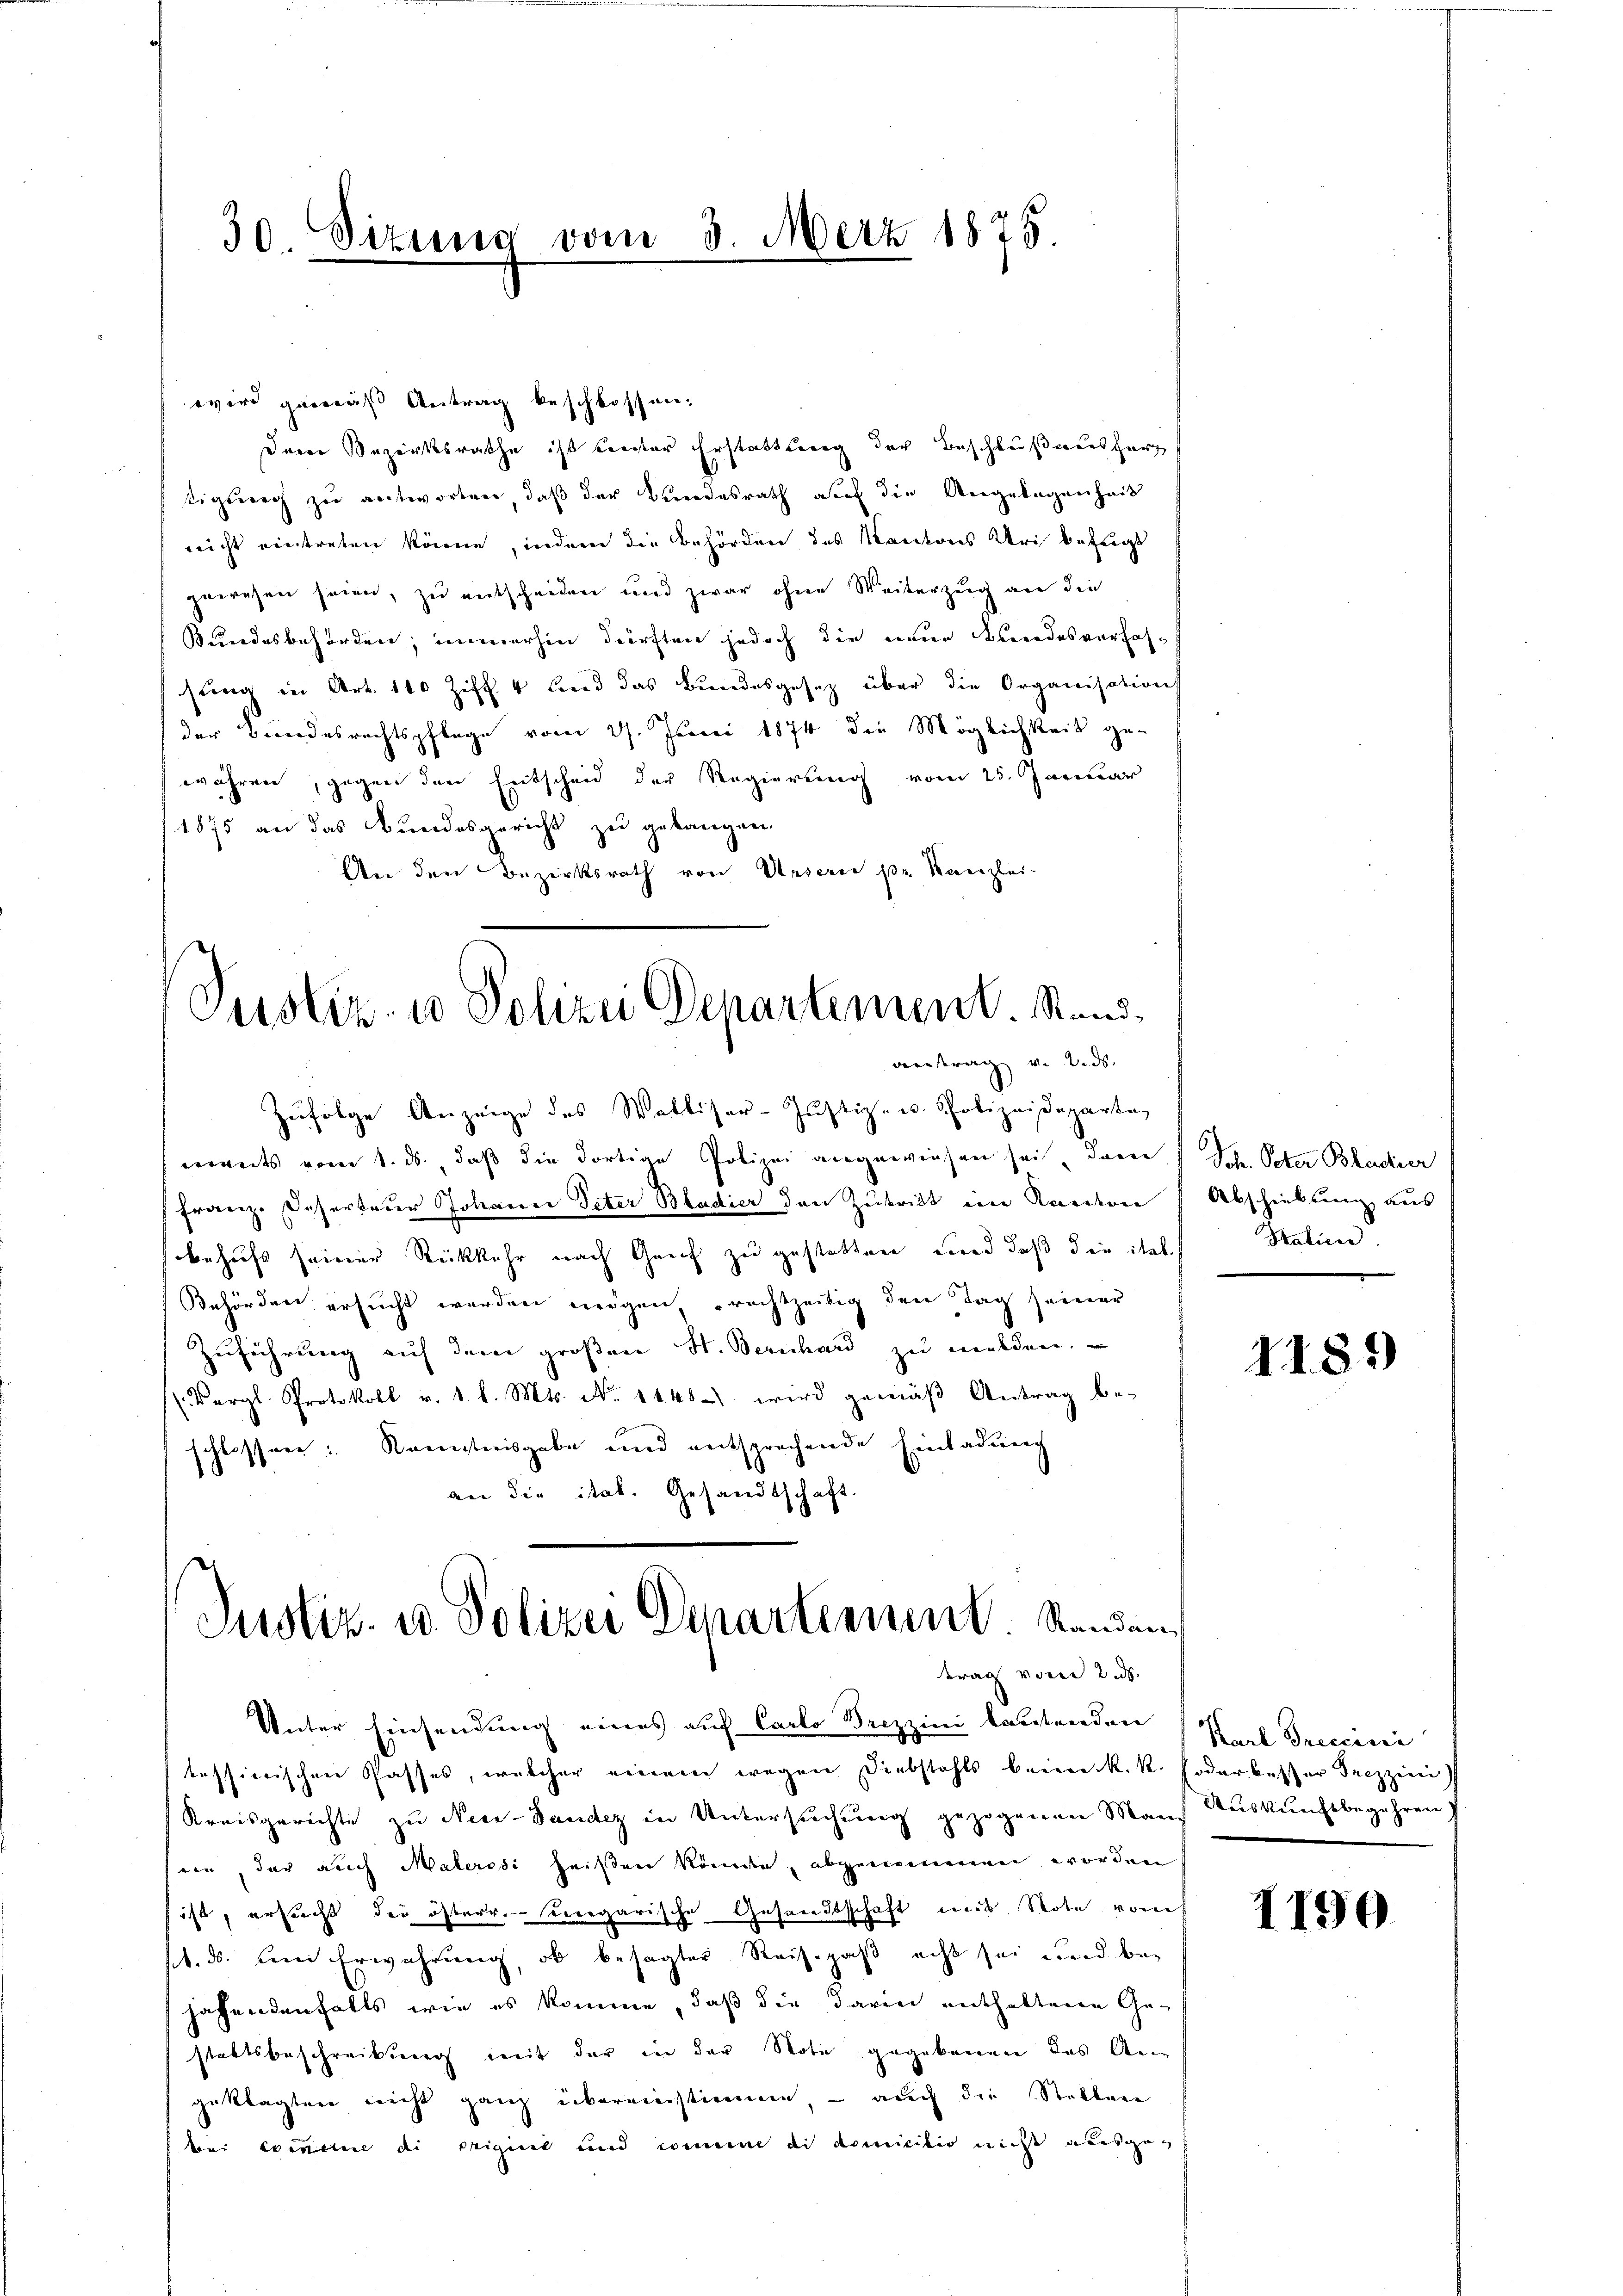
wird gemäß Antrag beschlossen.
Deine Bezirksrathe ist leister Erstattung der Beschlußausherr
tigung zu antworten, daß der Bundesrath auf die Angelegenheit
nicht eintreten könne, indem die Behörden des Kantons Uri befugt
gewesen seien, zu entscheiden und zwar ohne Weiterzug an die
Bundesbehörden, immerhin dürften jedoch die neue Bundesverfas-
sung in Art. 100 Ziff. 4 und das Bundesgesetz über die Organisation
der Bundesrechtspflege vom 27. Juni 1874 die Möglichkeit ge-
währen, gegen den Entscheid der Regierung vom 25. Januar
1875 an das Bundesgericht zu gelangen
An den Bezirksrath von Unsern pr. Kanzlei-

30 Sizung vom 3. März 1875.

Justiz- u Polizei Departement. Stand
antrag v. 2. ds.

Zufolge Anzeige des Walliser-Justiz- u. Polizeidepartag
ments vom 1. ds., daß die dortige Polizei angewiesen sei, dann
Franz. Deserterer Johannes Peter Bladier den Zutritt im Kanton
behufs seiner Rückkehr nach Grif zu gestatten, und daß die ital.
Behörden ersucht werden mögen, rechtzeitig den Tag seiner
Zuführung auf dem großen H. Berichard zu melden.
Vergl. Protokoll v. 1. l. Mts. No. 1448.) wird gemäß Antrag be-
schlossen: Kenntnisgabe und entsprechende Einladung
an die ital. Gesandtschaft.

Justiz- u. Polizei Departement. Standen
trag voren 2.

Unter Einsendung eines auf Carto Brizzini lautenden
tessierischen Passes, welcher einem wegen Diebstahls beim k.k. Foder besser Trezzeni)
Kreisgerichte zu Nece-Lander in Untersuchung gezogenen Mans Auskunftbegehren
sein, der auch Malerosi heißen Rände, abgenominen werden
öst, ersucht der österr. ungarische Gesandtschaft mit Note vom
k. ds. den Erwährung, ob besagter Reisepaß acht sei und behafendenfalls wie es komme, daß die darin enthaltenen Ge-
stattsbeschreibung mit der in der Note gegebenen das An-
geklagten nicht ganz übereinstimme, – auch die Stellen
 bei Exercice di origirt und comme di domiciler nicht ausgeg

Joh. Peter Bladier
Abschiebung aus
Patien

1189

Karl Breccini

1190